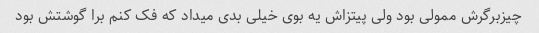
چیزبرگرش ممولی بود ولی پیتزاش یه بوی خیلی بدی میداد که فک کنم برا گوشتش بود